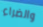
والضراء